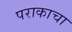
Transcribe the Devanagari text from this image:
पराकाचा